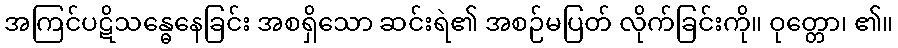
အကြင်ပဋိသန္ဓေနေခြင်း အစရှိသော ဆင်းရဲ၏ အစဉ်မပြတ် လိုက်ခြင်းကို။ ဝုတ္တော၊ ၏။